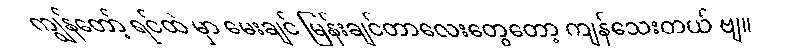
ကျွန်တော့် ရင်ထဲ မှာ မေးချင် မြန်းချင်တာလေးတွေတော့ ကျန်သေးတယ် ဗျ။